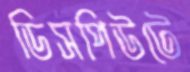
ডিসপিউটে